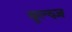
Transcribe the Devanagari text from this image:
बुल्व्ज़